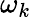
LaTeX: \omega_{k}